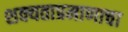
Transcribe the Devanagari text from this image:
शक्यताप्रमाणाचा